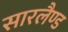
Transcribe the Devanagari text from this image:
सारलैण्ड